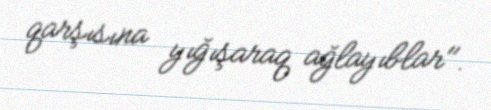
qarşısına yığışaraq ağlayıblar".